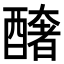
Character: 𨣍